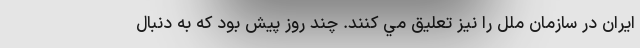
ایران در سازمان ملل را نيز تعليق مي كنند. چند روز پيش بود كه به دنبال